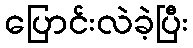
ပြောင်းလဲခဲ့ပြီး